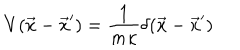
V ( \vec { x } - \vec { x } ^ { \prime } ) = { \frac { 1 } { m \kappa } } \delta ( \vec { x } - \vec { x } ^ { \prime } )